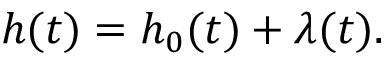
h ( t ) = h _ { 0 } ( t ) + \lambda ( t ) .